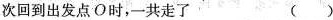
次回到出发点O时，一共走了 ( )